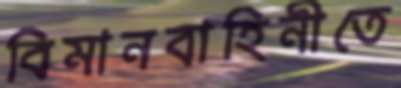
বিমানবাহিনীতে